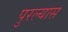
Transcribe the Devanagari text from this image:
पुरल्यास